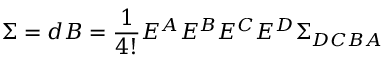
\Sigma = d B = \frac { 1 } { 4 ! } E ^ { A } E ^ { B } E ^ { C } E ^ { D } \Sigma _ { D C B A }